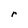
Character: r